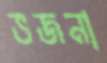
ভজনা